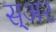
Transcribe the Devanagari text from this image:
स्अर